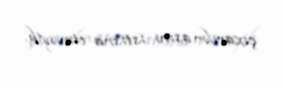
çıxarılmasını istisna etməyib.